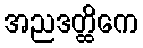
အညဒတ္ထိကေ